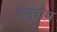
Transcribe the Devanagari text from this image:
डयूरॉय